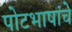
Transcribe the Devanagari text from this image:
पोटभाषांचे